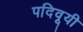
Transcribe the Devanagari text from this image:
पदिवूयी